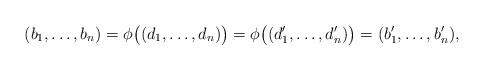
LaTeX: \begin{align*}(b_1,\dots,b_n)=\phi\bigl((d_1,\dots,d_n)\bigr)=\phi\bigl((d_1',\dots,d_n')\bigr)=(b_1',\dots,b_n'),\end{align*}